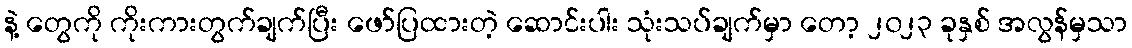
နဲ့ တွေကို ကိုးကားတွက်ချက်ပြီး ဖော်ပြထားတဲ့ ဆောင်းပါး သုံးသပ်ချက်မှာ တော့ ၂၀၂၃ ခုနှစ် အလွန်မှသာ